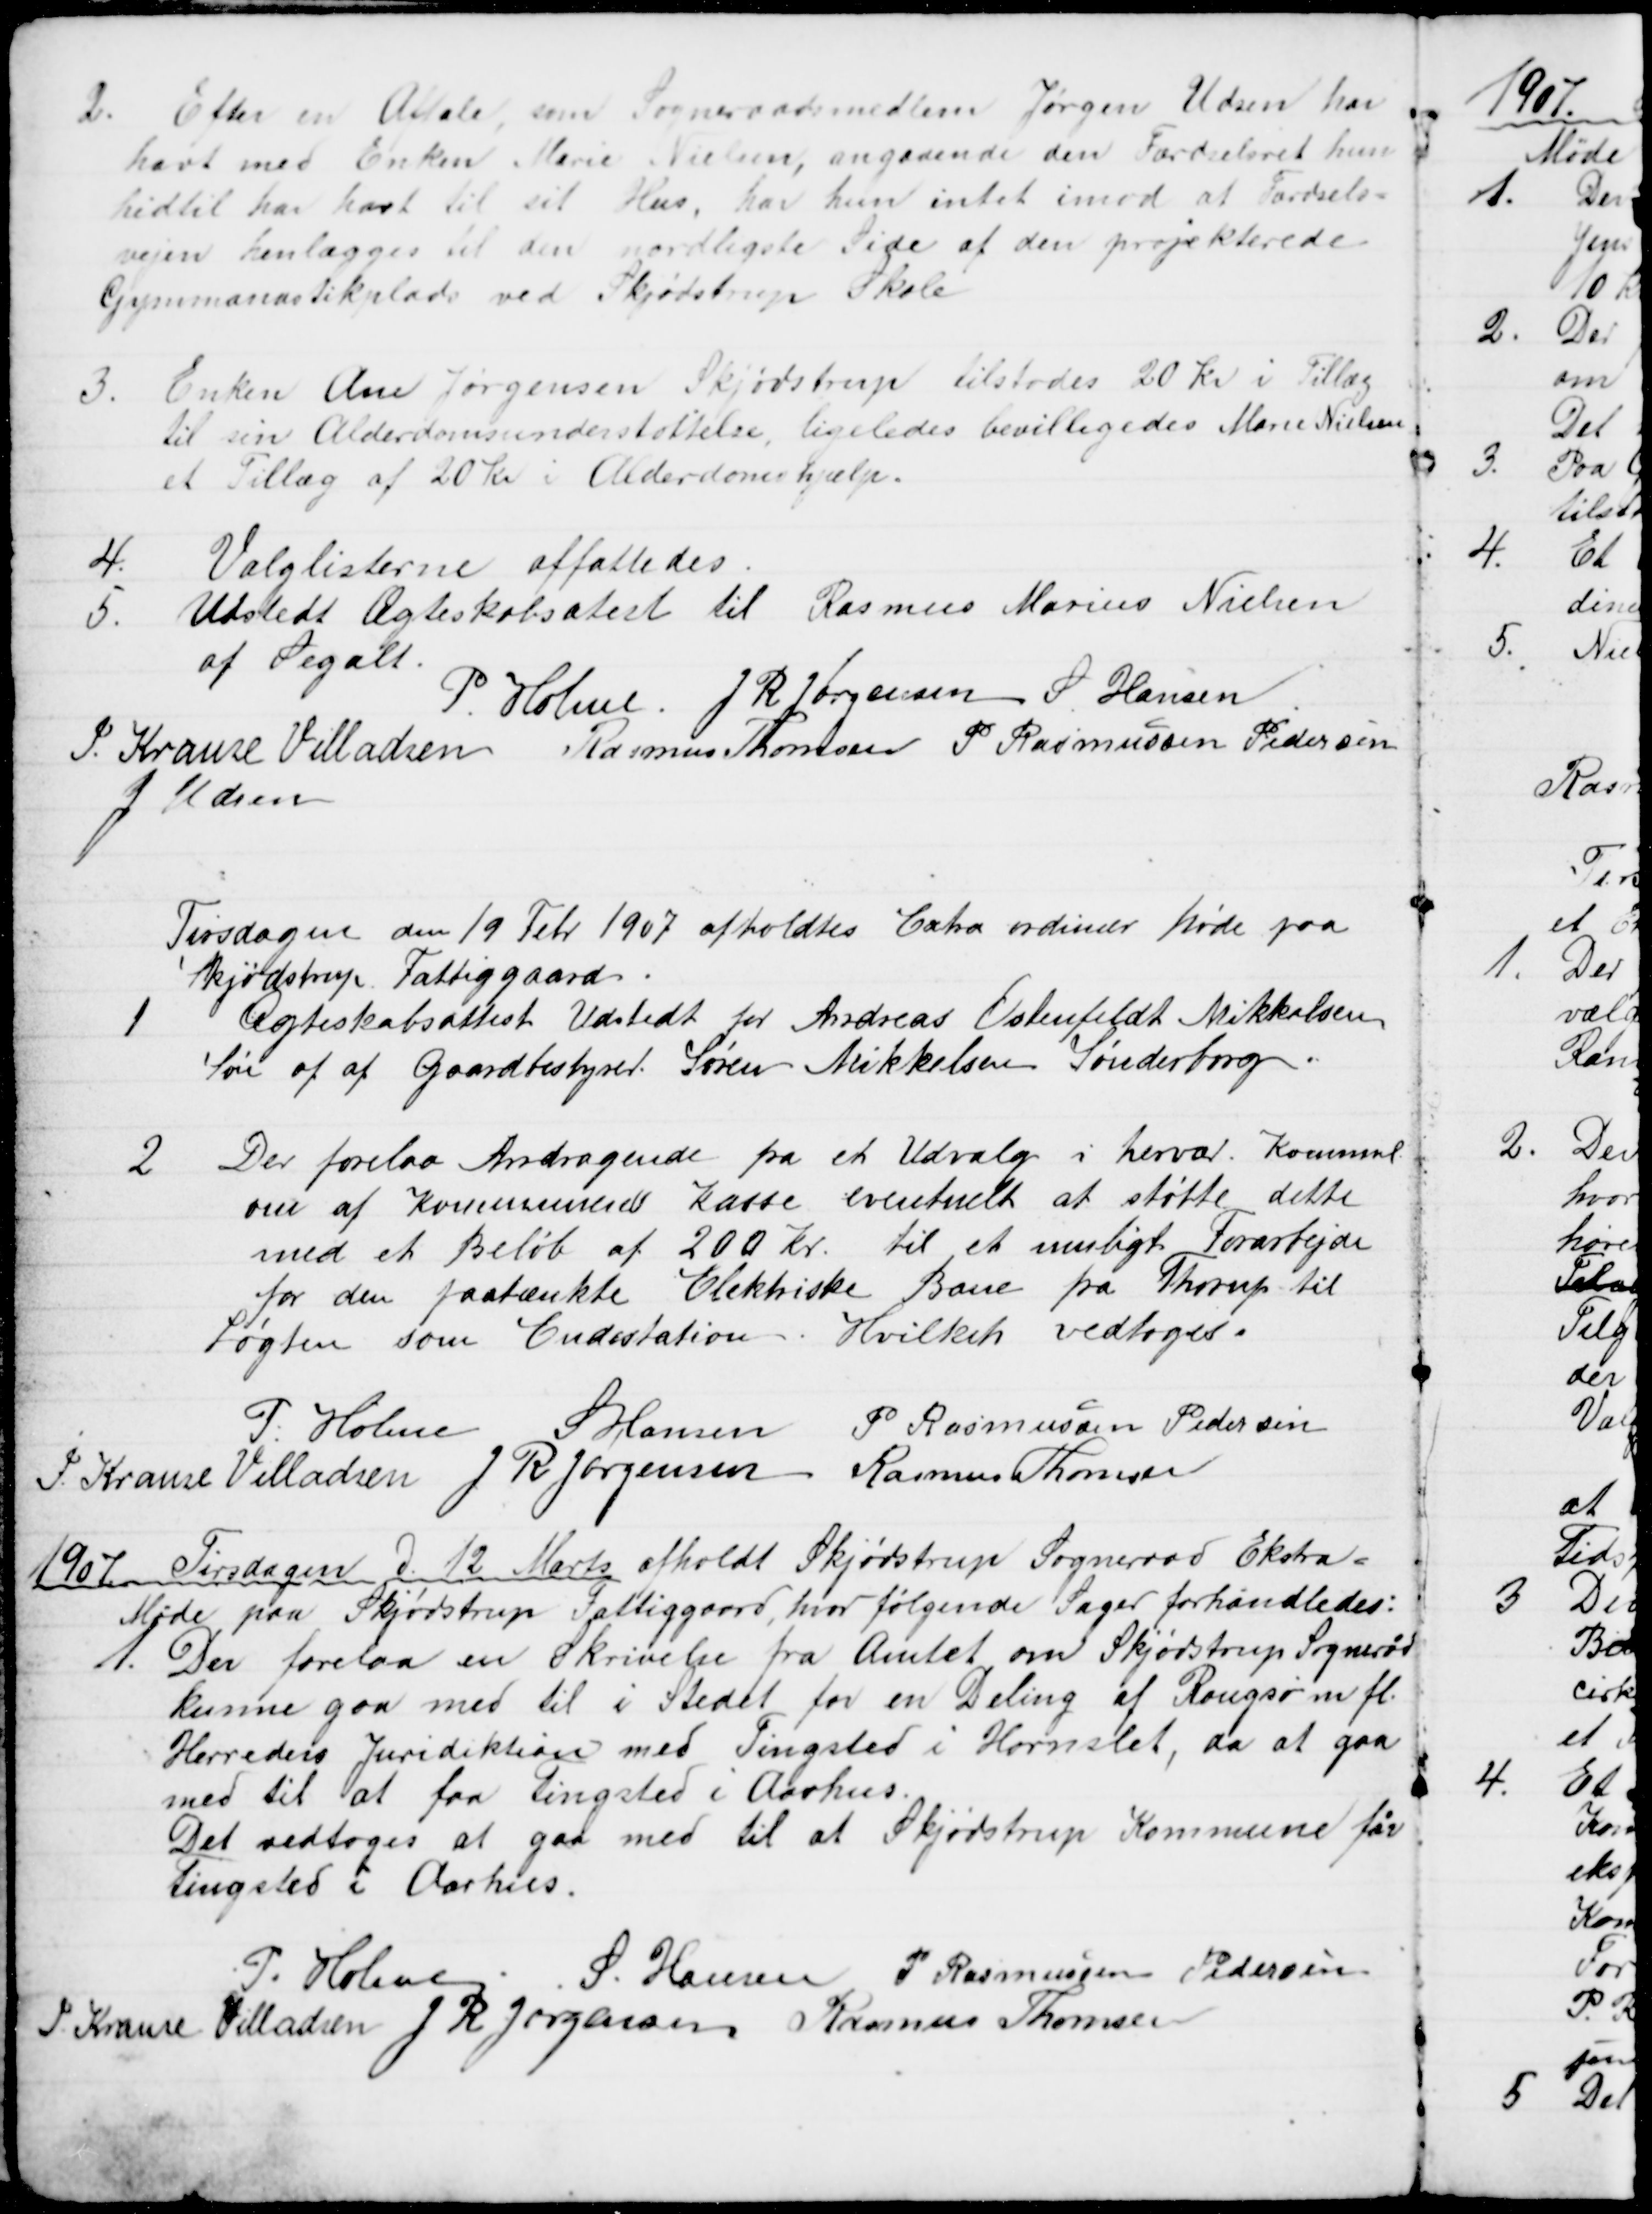
Transskription:
2. Efter en Aftale, som Sogneraadsmedlem Jørgen Udsen har
havt med Enken Marie Nielsen, angaaende den Færdselsret hun
hidtil har havt til sit Hus, har hun intet imod at Færdsels=
vejen henlægges til den nordligste Side af den projekterede
Gymmanastikplads ved Skjødstrup Skole
3.
Enken Ane Jørgensen Skjødstrup tilstodes 20 Kr i Tillæg
til sin Alderdomsunderstøttelse, ligeledes bevilligedes Marie Nielsen
et Tillæg af 20 Kr i Alderdomshjælp.
4.
Valglisterne affattedes.
5.
Udstedt Ægteskabsatest til Rasmus Marius Nielsen
af Segalt.
P. Holme. J. R. Jørgensen S. Hansen
J. Krause Villadsen Rasmus Thomsen P. Rasmussen Pedersen
J. Udsen
Tirsdagen den 19 Febr 1907 afholdtes Extra ordinær Møde paa 
Skjødstrup Fattiggaard.
1
Ægteskabsattest Udstedt for Andreas Ostenfeldt Mikkelsen
Søn af af Gaardbestyrer Søren Mikkelsen Sønderborg.
2 Der forelaa Andragende fra et Udvalg i hervær. Komune
om af Kommunens Kasse eventuelt at støtte dette
med et Beløb af 200 kr. til et muligt Forarbejde
for den paatænkte Elektriske Bane fra Thorup til
Løgten som Endestation. Hvilket vedtoges.
P. Holme S Hansen P. Rasmussen Pedersen
J. Krause Villadsen J. R. Jørgensen
Rasmus Thomsen
1907 Tirsdagen d. 12 Marts afholdt Skjødstrup Sogneraad Ekstra=
Møde paa Skjødstrup Fattiggaard, hvor følgende Sager forhandledes:
1.
Der forelaa en Skrivelse fra Amtet om Skjødstrup Sogneråd
kunne gaa med til i Stedet for en Deling af Rougsø m. fl.
Herreders Juridiktion med Tingsted i Hornslet, da at gaa
med til at faa Tingsted i Aarhus.
Det vedtoges at gaa med til at Skjødstrup Kommune får
Tingsted i Aarhus.
P. Holme
S. Hansen P. Rasmussen Pedersen
J. Krause Villadsen J P Jørgensen Rasmus Thomsen